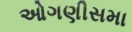
ઓગણીસમા